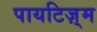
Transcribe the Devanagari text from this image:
पायटिज़्म